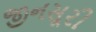
જીનસૂરી